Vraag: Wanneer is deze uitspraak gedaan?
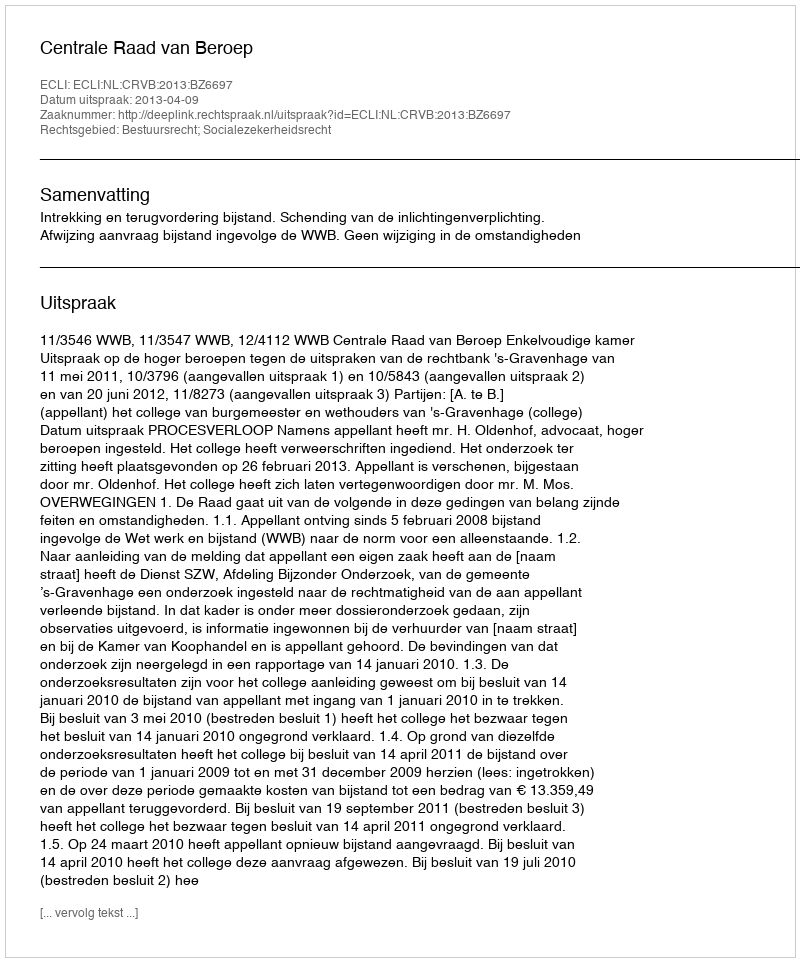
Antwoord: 2013-04-09